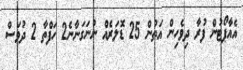
އެއާޕޯޓުން ފުރާ ދިވެހިން އަތުން 25 ޑޮލަރެއް ނުނަގަނާނެ2 ހަފްތާ 2 ދުވަސް